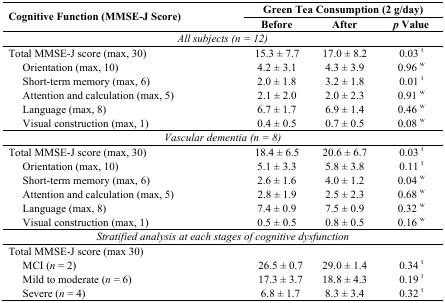
| <ROWSPAN=2> Cognitive Function (MMSE-J Score) | <COLSPAN=3> Green Tea Consumption (2 g/day) |
 | Before | After | p Value |
 | --- | --- | --- | --- |
 | <COLSPAN=4> All subjects (n = 12) |
 | Total MMSE-J score (max, 30) | 15.3 ± 7.7 | 17.0 ± 8.2 | 0.03 t |
 | Orientation (max, 10) | 4.2 ± 3.1 | 4.3 ± 3.9 | 0.96 w |
 | Short-term memory (max, 6) | 2.0 ± 1.8 | 3.2 ± 1.8 | 0.01 t |
 | Attention and calculation (max, 5) | 2.1 ± 2.0 | 2.0 ± 2.3 | 0.91 w |
 | Language (max, 8) | 6.7 ± 1.7 | 6.9 ± 1.4 | 0.46 w |
 | Visual construction (max, 1) | 0.4 ± 0.5 | 0.7 ± 0.5 | 0.08 w |
 | <COLSPAN=4> Vascular dementia (n = 8) |
 | Total MMSE-J score (max, 30) | 18.4 ± 6.5 | 20.6 ± 6.7 | 0.03 t |
 | Orientation (max, 10) | 5.1 ± 3.3 | 5.8 ± 3.8 | 0.11 t |
 | Short-term memory (max, 6) | 2.6 ± 1.6 | 4.0 ± 1.2 | 0.04 w |
 | Attention and calculation (max, 5) | 2.8 ± 1.9 | 2.5 ± 2.3 | 0.68 w |
 | Language (max, 8) | 7.4 ± 0.9 | 7.5 ± 0.9 | 0.32 w |
 | Visual construction (max, 1) | 0.5 ± 0.5 | 0.8 ± 0.5 | 0.16 w |
 | <COLSPAN=4> Stratified analysis at each stages of cognitive dysfunction |
 | Total MMSE-J score (max 30) |  |  |  |
 | MCI (n = 2) | 26.5 ± 0.7 | 29.0 ± 1.4 | 0.34 t |
 | Mild to moderate (n = 6) | 17.3 ± 3.7 | 18.8 ± 4.3 | 0.19 t |
 | Severe (n = 4) | 6.8 ± 1.7 | 8.3 ± 3.4 | 0.32 t |